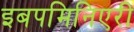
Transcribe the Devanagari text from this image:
इबपमिनिएरी